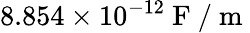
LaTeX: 8.854\times 10^{-12}\mathrm{~F~}/\mathrm{~m~}